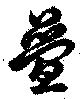
畳